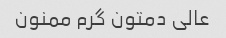
عالی دمتون گرم ممنون